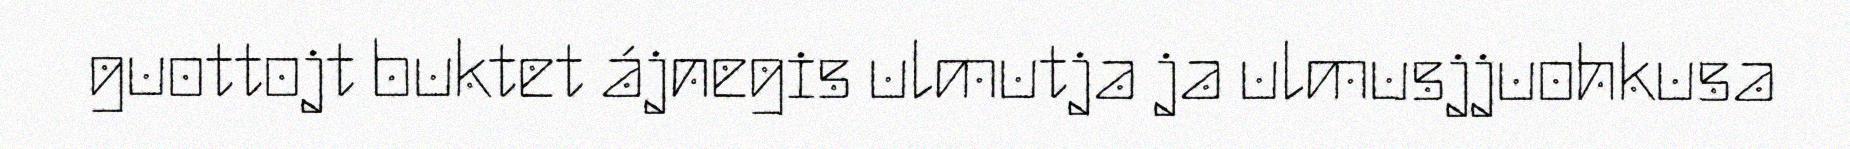
guottojt buktet ájnegis ulmutja ja ulmusjjuohkusa